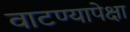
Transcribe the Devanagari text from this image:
वाटण्यापेक्षा